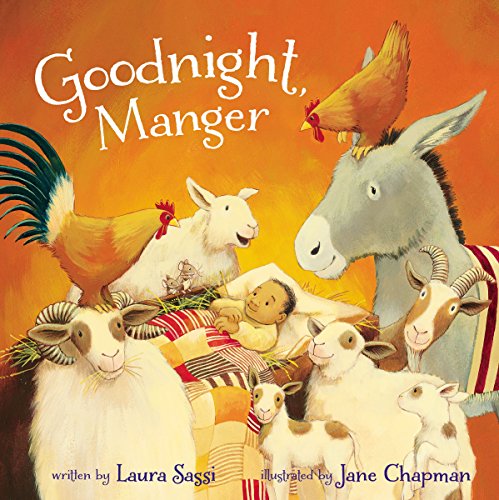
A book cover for Goodnight, Manger; Laura Sassi; Christian Books & Bibles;